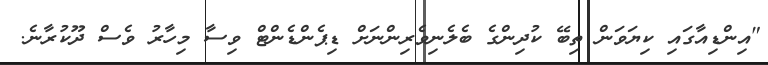
"އިންޑިއާގައި ކިޔަވަން ތިބޭ ކުދިންގެ ބެލެނިވެރިންނަށް ޑިޕެންޑެންޓް ވިސާ މިހާރު ވެސް ދޫކުރާނެ.